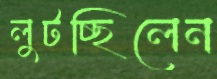
লুটচ্ছিলেন